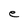
Character: e